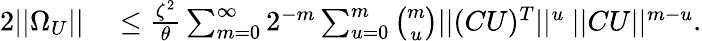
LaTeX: \begin{array}{rl}{2||\Omega_{U}||}&{{}\leq\frac{\zeta^{2}}{\theta}\sum_{m=0}^{\infty}{2^{-m}\sum_{u=0}^{m}{\binom{m}{u}||(CU)^{T}||^{u}\ ||CU||^{m-u}}}.}\end{array}